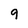
Character: 9